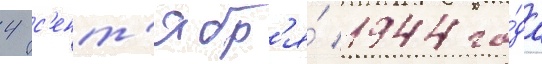
4 с'ент'ябр'я́ 1944 го́да